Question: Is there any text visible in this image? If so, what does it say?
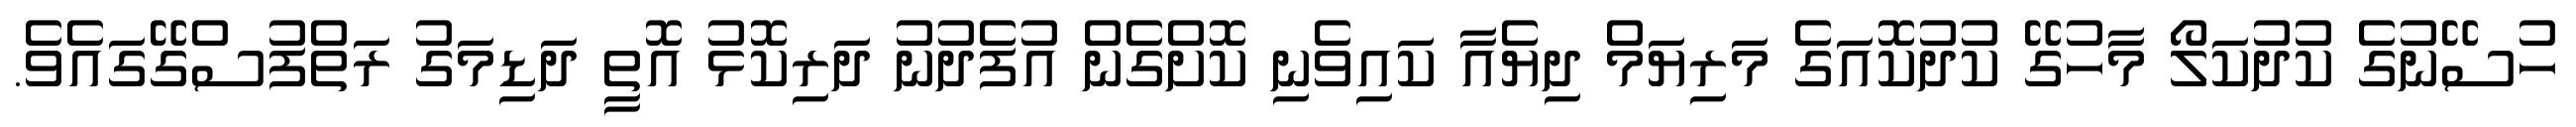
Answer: ހުސޭނުގެ ކުދުކަލޯ މާހުގޭ ކުދުކޮއަގެ މަރިޔަމް ދިޔެއާ ކައިވެނި ކޮށްގެން އުފެދުނު ދަރިކޮޅު އޮތީ ދަޑިމަގު ރަތްފުސްގޭގައެވެ.